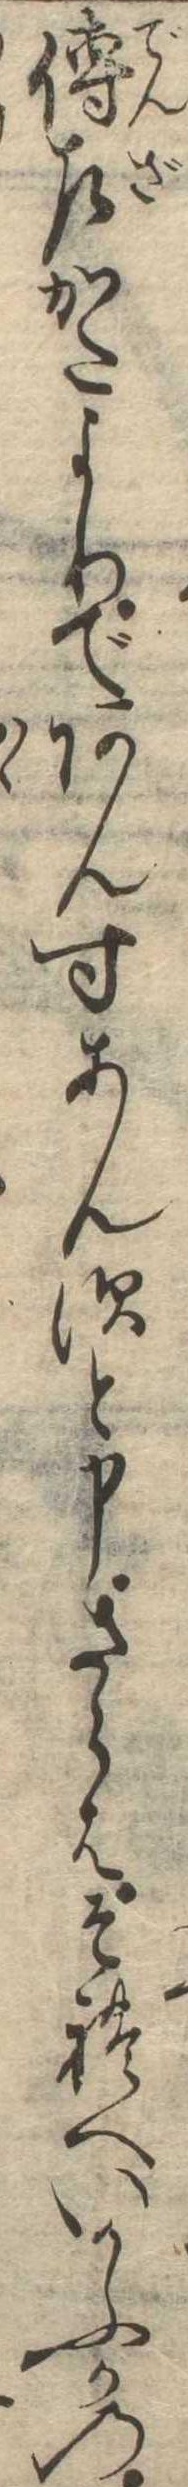
伝左かたよりであんすあんすと申さらはそれへいかふかの